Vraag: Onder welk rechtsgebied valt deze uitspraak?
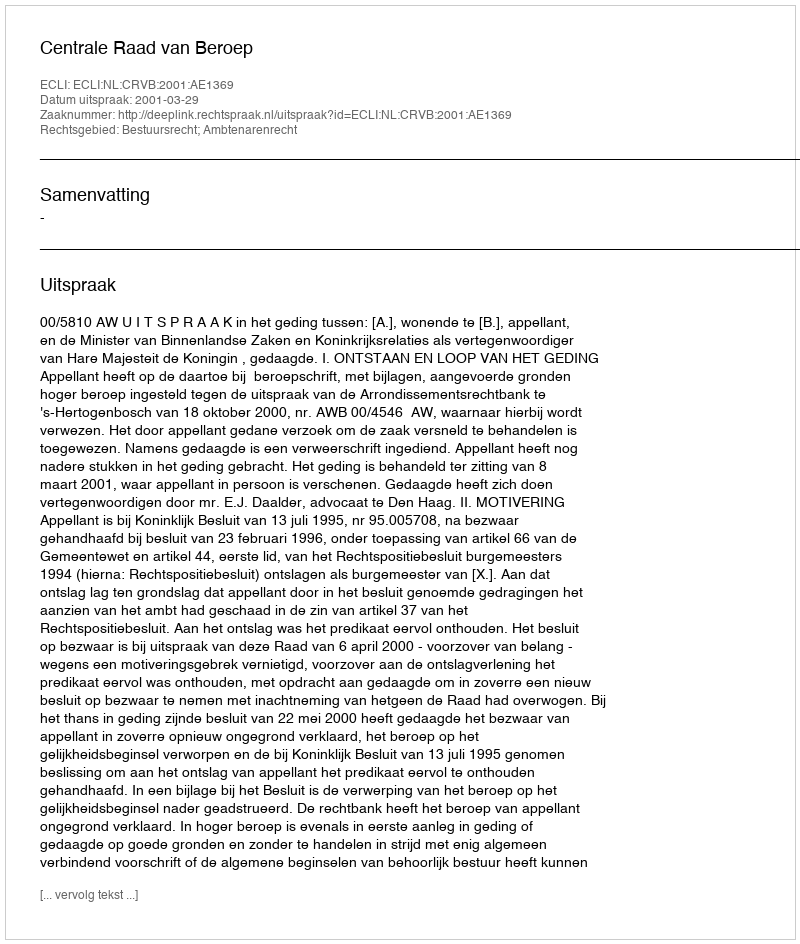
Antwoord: Bestuursrecht; Ambtenarenrecht